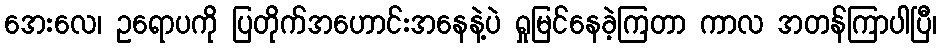
အေးလေ၊ ဥရောပကို ပြတိုက်အဟောင်းအနေနဲ့ပဲ ရှုမြင်နေခဲ့ကြတာ ကာလ အတန်ကြာပါပြီ၊